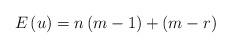
LaTeX: \begin{align*}E\left( u\right) =n\left( m-1\right) +\left( m-r\right)\end{align*}